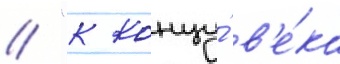
// "к концу́ в'е́ка